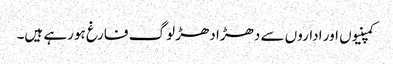
کمپنیوں اور اداروں سے دھڑا دھڑ لوگ فارغ ہورہے ہیں۔